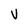
Character: V